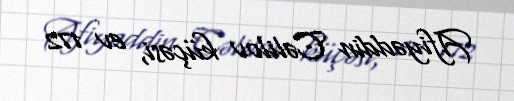
Afiyəddin Cəlilov küçəsi, ev 172